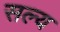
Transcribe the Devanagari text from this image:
सल्य